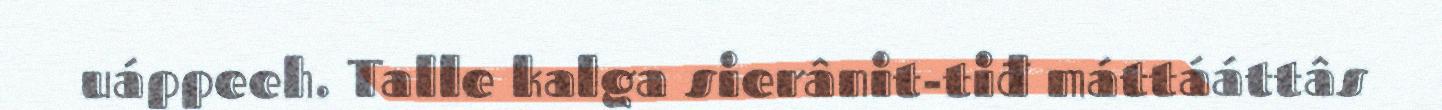
uáppeeh. Talle kalga sierânit-tiđ máttááttâs